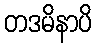
တဒမိနာပိ